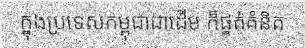
ក្នុងប្រទេសកម្ពុជាជាដើម ក៏ផ្នត់គំនិត